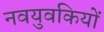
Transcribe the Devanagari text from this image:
नवयुवकियों